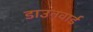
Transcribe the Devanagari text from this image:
डाउनवार्ड